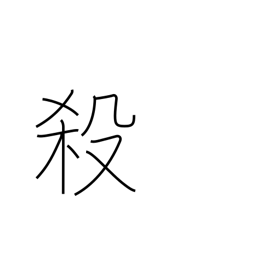
Meaning: butcher